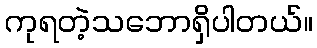
ကုရတဲ့သဘောရှိပါတယ်။